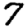
Digit: 7